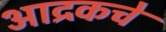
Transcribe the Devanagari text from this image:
आद्रकचे